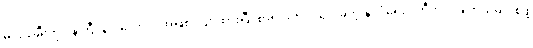
မင်းသမီးကို ဝန်ကြီးချုပ်လောင်း အဖြစ် လျာထားပြီး စာရင်းတင် သွင်းခဲ့တဲ့ နိုင်ငံရေးပါတီကိုပါ ဖျက်သိမ်းပစ်ဖို့